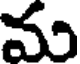
మ